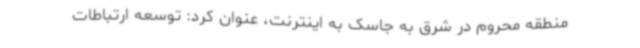
منطقه محروم در شرق به جاسک به اینترنت، عنوان کرد: توسعه ارتباطات